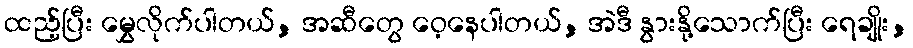
ထည့်ပြီး မွှေလိုက်ပါတယ်, အဆီတွေ ဝေ့နေပါတယ်, အဲဒီ နွားနို့သောက်ပြီး ရေချိုး,